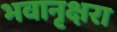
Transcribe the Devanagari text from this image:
भवानृक्षरा